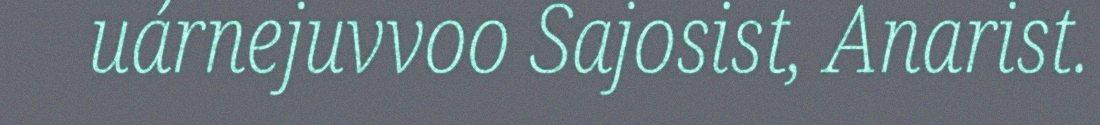
uárnejuvvoo Sajosist, Anarist.